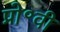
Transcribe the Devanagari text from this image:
प्रो॰वी